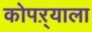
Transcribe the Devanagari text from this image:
कोपऱ्याला